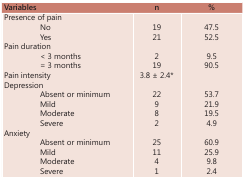
| Variables |  | n | % |
 | --- | --- | --- | --- |
 | <COLSPAN=2> Presence of pain |  |  |
 |  | No | 19 | 47.5 |
 |  | Yes | 21 | 52.5 |
 | <COLSPAN=2> Pain duration |  |  |
 |  | < 3 months | 2 | 9.5 |
 |  | = 3 months | 18 | 90.5 |
 | <COLSPAN=2> Pain intensity | 3.8 ± 2.4* |  |
 | <COLSPAN=2> Depression |  |  |
 |  | Absent or minimum | 22 | 53.7 |
 |  | Mild | 9 | 21.9 |
 |  | Moderate | 8 | 19.5 |
 |  | Severe | 2 | 4.9 |
 | <COLSPAN=2> Anxiety |  |  |
 |  | Absent or minimum | 25 | 60.9 |
 |  | Mild | 11 | 25.9 |
 |  | Moderate | 4 | 9.8 |
 |  | Severe | 1 | 2.4 |